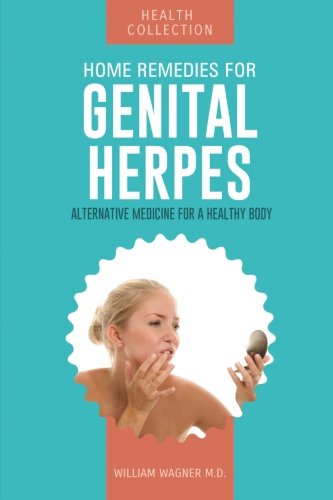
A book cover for Home Remedies for Genital Herpes: Alternative Medicine for a Healthy Body; William Wagner M.D.; Health, Fitness & Dieting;